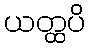
ယတ္ထပိ